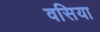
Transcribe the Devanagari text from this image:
वसिया